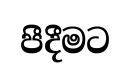
පීදීමට